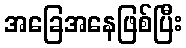
အခြေအနေဖြစ်ပြီး